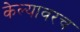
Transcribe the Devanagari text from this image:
केल्यावरच